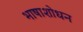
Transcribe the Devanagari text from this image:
भाषाशोधन